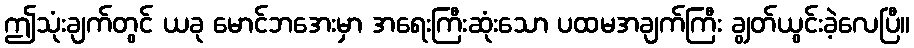
ဤသုံးချက်တွင် ယခု မောင်ဘအေးမှာ အရေးကြီးဆုံးသော ပထမအချက်ကြီး ချွတ်ယွင်းခဲ့လေပြီ။